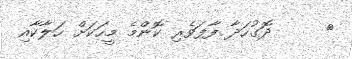
٧     ދޮގުހަދާ ފާފަވެރި ކޮންމެ މީހަކަށް ހަލާކާއި